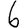
Digit: 6